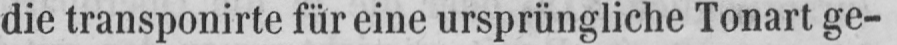
die transponirte für eine ursprüngliche Tonart ge-